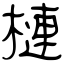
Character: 槤